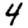
Digit: 4